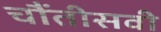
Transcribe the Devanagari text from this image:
चौंतीसवी